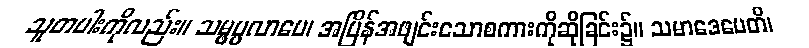
သူတပါးကိုလည်း။ သမ္ဖပ္ပလာပေ၊ အပြိန်အဖျင်းသောစကားကိုဆိုခြင်း၌။ သမာဒေပေတိ၊